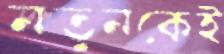
নতুনকেই